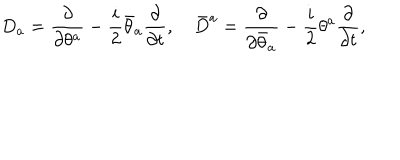
D _ { a } = \frac { \partial } { \partial \theta ^ { a } } - \frac { i } { 2 } \bar { \theta } _ { a } \frac { \partial } { \partial t } , \quad \bar { D } ^ { a } = \frac { \partial } { \partial \bar { \theta } _ { a } } - \frac { i } { 2 } \theta ^ { a } \frac { \partial } { \partial t } ,